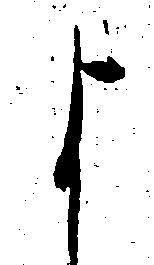
よ